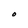
Character: O